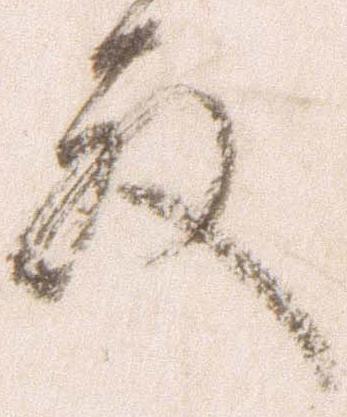
殿